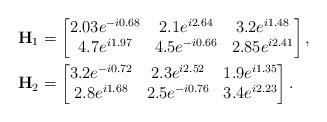
LaTeX: \begin{align*}{\bf H}_1&=\begin{bmatrix}2.03e^{-i0.68} & 2.1e^{i2.64} & 3.2e^{i1.48} \\4.7e^{i1.97} & 4.5e^{-i0.66} & 2.85e^{i2.41}\end{bmatrix},\\{\bf H}_2&=\begin{bmatrix}3.2e^{-i0.72} & 2.3e^{i2.52} & 1.9e^{i1.35} \\2.8e^{i1.68} & 2.5e^{-i0.76} & 3.4e^{i2.23}\end{bmatrix}.\end{align*}